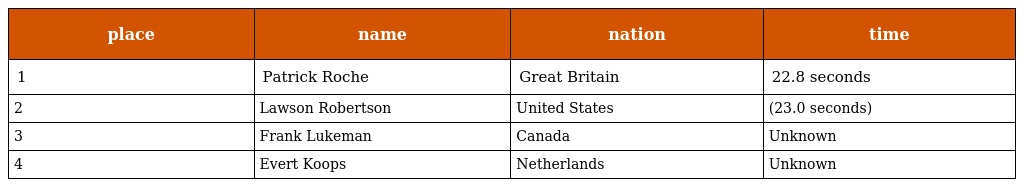
| place | name | nation | time |
 | --- | --- | --- | --- |
 | 1 | Patrick Roche | Great Britain | 22.8 seconds |
 | 2 | Lawson Robertson | United States | (23.0 seconds) |
 | 3 | Frank Lukeman | Canada | Unknown |
 | 4 | Evert Koops | Netherlands | Unknown |